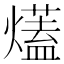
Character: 𤐩